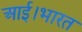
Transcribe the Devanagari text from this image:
आई।भारत